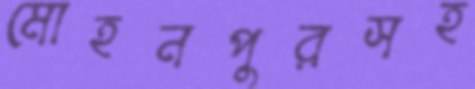
মোহনপুরসহ